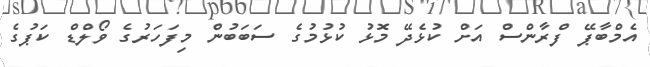
އެމްބާޕޭ ފްރާންސް އަށް ކުޅެދޭ މޮޅު ކުޅުމުގެ ސަބަބުން މިފަހަރުގެ ވޯލްޑް ކަޕުގެ